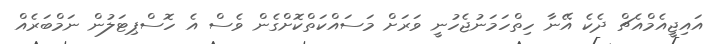
އައިޖީއެމްއެޗް ދެކެ އޭނާ ހިތްހަމަނުޖެހުނީ ވަރަށް މަސައްކަތްކޮށްގެން ވެސް އެ ހޮސްޕިޓަލުން ނަމްބަރެއް